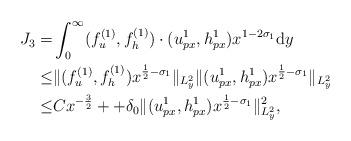
LaTeX: \begin{align*} J_3=&\int_0^\infty (f_u^{(1)},f_h^{(1)})\cdot(u_{px}^1,h_{px}^1) x^{1-2\sigma_1}{\rm d}y\\ \leq& \Vert (f_u^{(1)},f_h^{(1)})x^{\frac{1}{2}-\sigma_1}\Vert_{L_y^2}\Vert (u_{px}^1,h_{px}^1) x^{\frac{1}{2}-\sigma_1}\Vert_{L_y^2}\\ \leq& Cx^{-\frac{3}{2}}++\delta_0\Vert (u_{px}^1,h_{px}^1) x^{\frac{1}{2}-\sigma_1}\Vert_{L_y^2}^2,\end{align*}